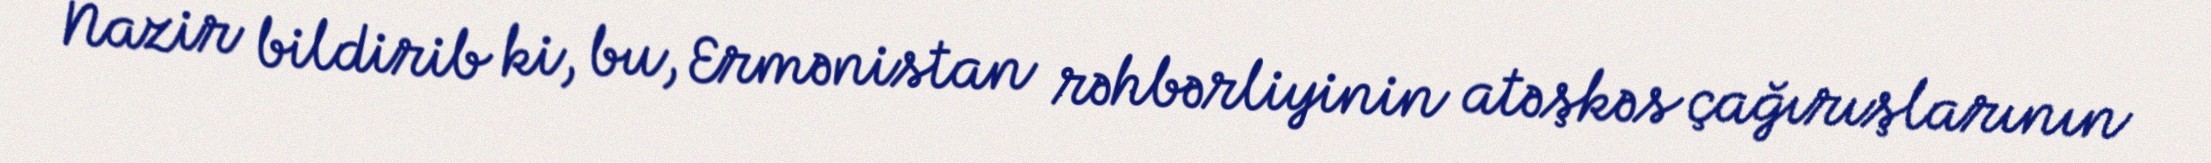
Nazir bildirib ki, bu, Ermənistan rəhbərliyinin atəşkəs çağırışlarının